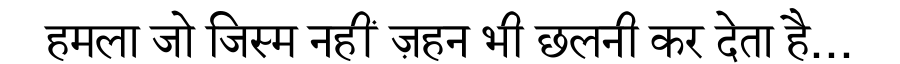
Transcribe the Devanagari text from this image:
हमला जो जिस्म नहीं ज़हन भी छलनी कर देता है...